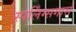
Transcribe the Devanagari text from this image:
स्पर्लिंग्सगार्स